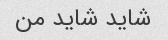
شاید شاید من